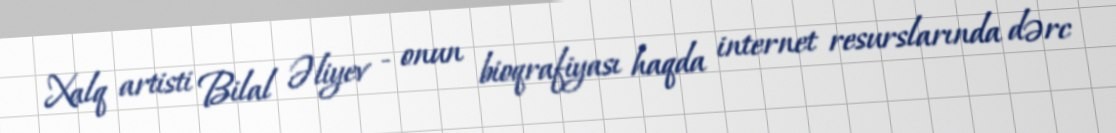
Xalq artisti Bilal Əliyev - onun bioqrafiyası haqda internet resurslarında dərc